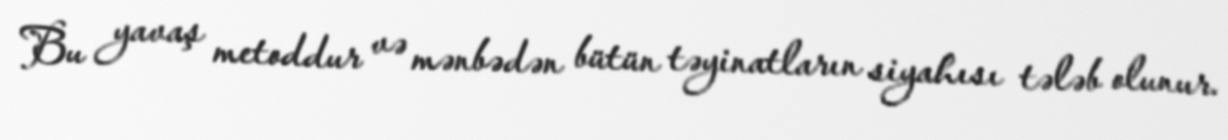
Bu yavaş metoddur və mənbədən bütün təyinatların siyahısı tələb olunur.